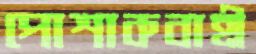
পোশাকবাহী